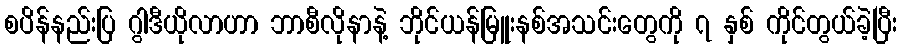
စပိန်နည်းပြ ဂွါဒီယိုလာဟာ ဘာစီလိုနာနဲ့ ဘိုင်ယန်မြူးနစ်အသင်းတွေကို ၇ နှစ် ကိုင်တွယ်ခဲ့ပြီး